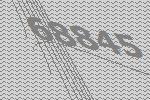
68845